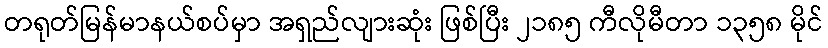
တရုတ်မြန်မာနယ်စပ်မှာ အရှည်လျားဆုံး ဖြစ်ပြီး ၂၁၈၅ ကီလိုမီတာ ၁၃၅၈ မိုင်